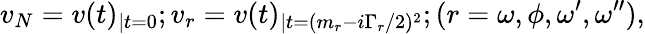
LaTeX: v_{N}=v(t)_{|t=0};v_{r}=v(t)_{|t=(m_{r}-i\Gamma_{r}/2)^{2}};(r=\omega,\phi,\omega^{\prime},\omega^{\prime\prime}),